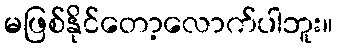
မဖြစ်နိုင်တော့လောက်ပါဘူး။